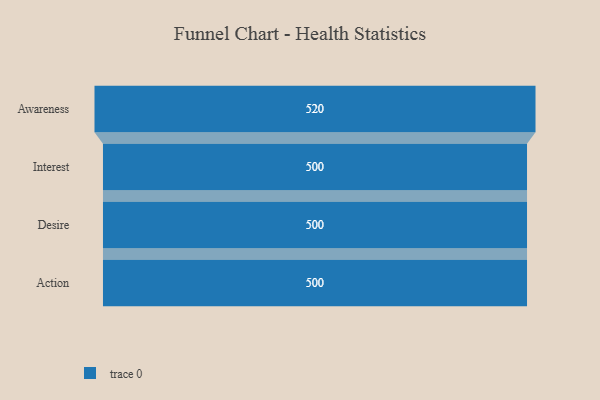
{"axis": {"x": "Stage", "y": "Value"}, "legend": [""], "data": [{"x": "Awareness", "y": 520.0, "type": ""}, {"x": "Interest", "y": 500, "type": ""}, {"x": "Desire", "y": 500, "type": ""}, {"x": "Action", "y": 500, "type": ""}]}